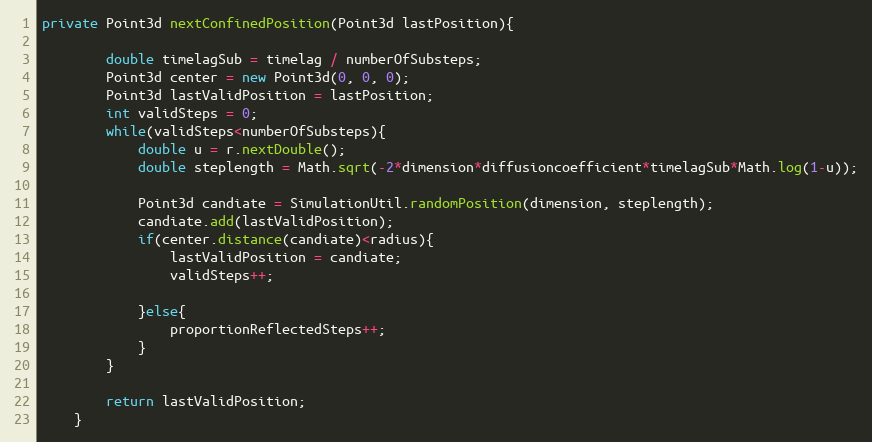
Language: Java
private Point3d nextConfinedPosition(Point3d lastPosition){

		double timelagSub = timelag / numberOfSubsteps;
		Point3d center = new Point3d(0, 0, 0);
		Point3d lastValidPosition = lastPosition;
		int validSteps = 0;
		while(validSteps<numberOfSubsteps){
			double u = r.nextDouble();
			double steplength = Math.sqrt(-2*dimension*diffusioncoefficient*timelagSub*Math.log(1-u));

			Point3d candiate = SimulationUtil.randomPosition(dimension, steplength);
			candiate.add(lastValidPosition);
			if(center.distance(candiate)<radius){
				lastValidPosition = candiate;
				validSteps++;

			}else{
				proportionReflectedSteps++;
			}
		}

		return lastValidPosition;
	}